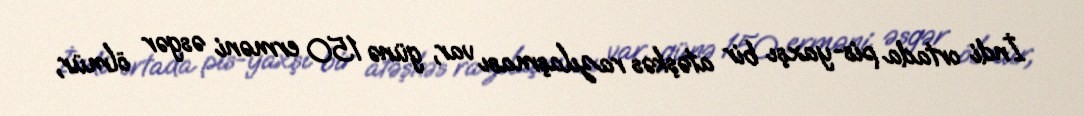
İndi ortada pis-yaxşı bir atəşkəs razılaşması var, günə 150 erməni əsgər ölmür,